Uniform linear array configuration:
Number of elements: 4
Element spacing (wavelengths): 0.25
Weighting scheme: exponential
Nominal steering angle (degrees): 0
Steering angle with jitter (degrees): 0.1138
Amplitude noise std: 0.05
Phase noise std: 0.05

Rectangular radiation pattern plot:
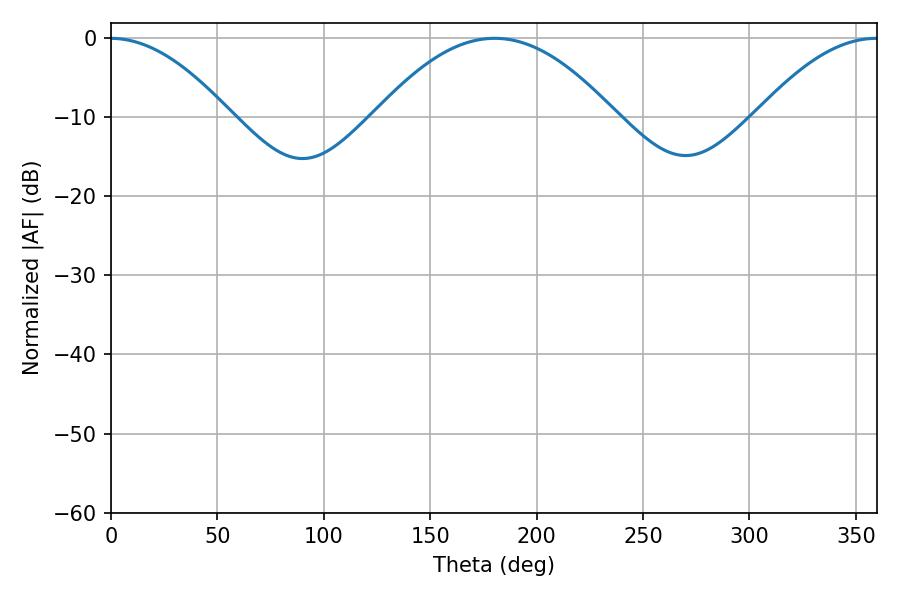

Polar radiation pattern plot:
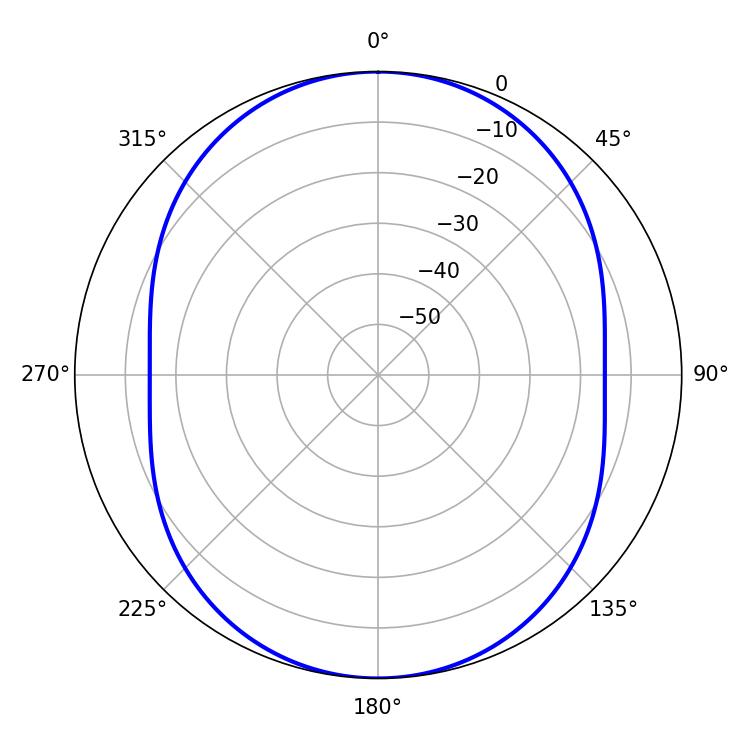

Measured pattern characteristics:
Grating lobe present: FALSE
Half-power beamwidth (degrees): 61.74
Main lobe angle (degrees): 180.36